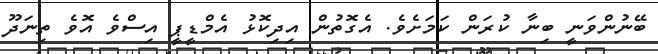
ބޭނުންވަނީ ބިނާ ކުރަން ކަމަށެވެ. އެގޮތުން އިދިކޮޅު އެމްޑީޕީ އިސްވެ އޮވެ ތިނަދޫ